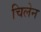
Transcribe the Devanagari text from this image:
चिलेन